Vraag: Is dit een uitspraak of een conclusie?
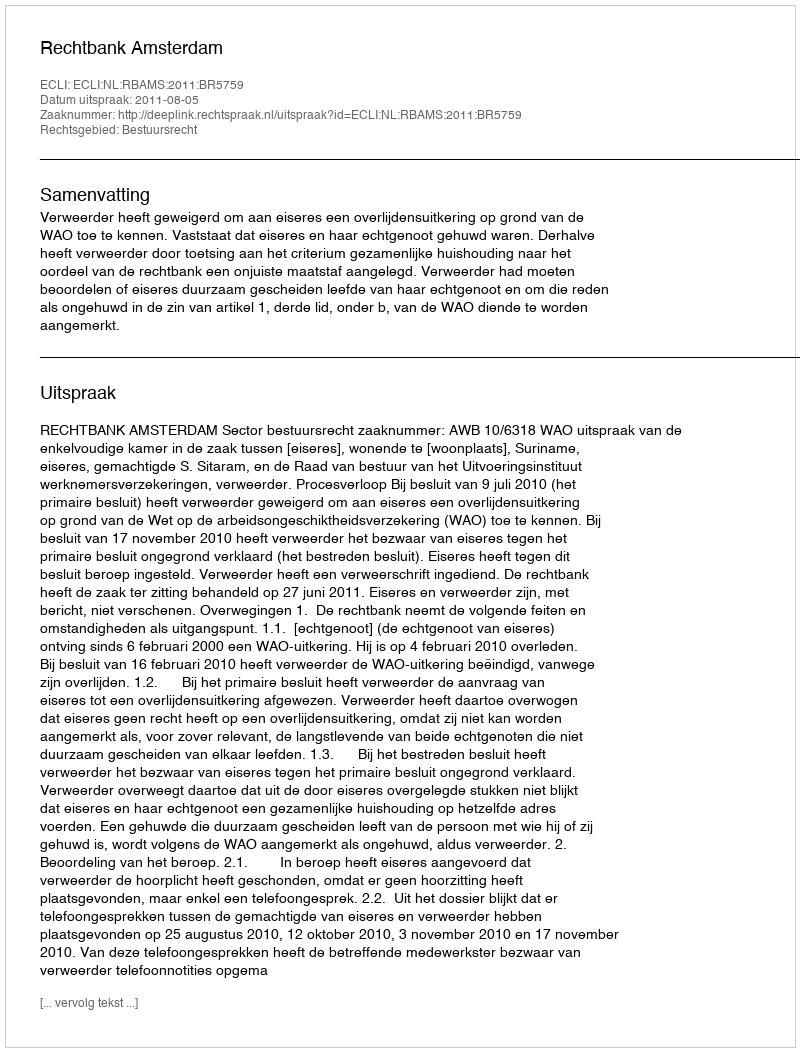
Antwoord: Uitspraak